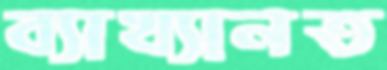
ব্যাখ্যানত